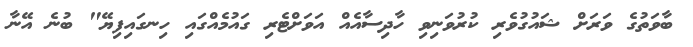
ބާވަތުގެ ވަރަށް ޝައުގުވެރި ކުރުވަނިވި ހާދިސާއެއް އަވަށްޓެރި ގައުމެއްގައި ހިނގައިފިޔޭ" ބުނެ އޭނާ